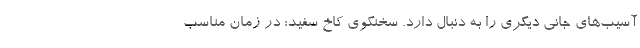
آسیب‌های جانی دیگری را به دنبال دارد. سخنگوی کاخ سفید: در زمان مناسب